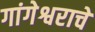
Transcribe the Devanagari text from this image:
गांगेश्वराचे